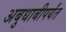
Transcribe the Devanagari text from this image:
अबुधाबीपर्यंत